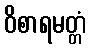
ဝိစာရမတ္တံ